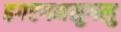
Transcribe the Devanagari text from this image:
हगएगनसुगलु